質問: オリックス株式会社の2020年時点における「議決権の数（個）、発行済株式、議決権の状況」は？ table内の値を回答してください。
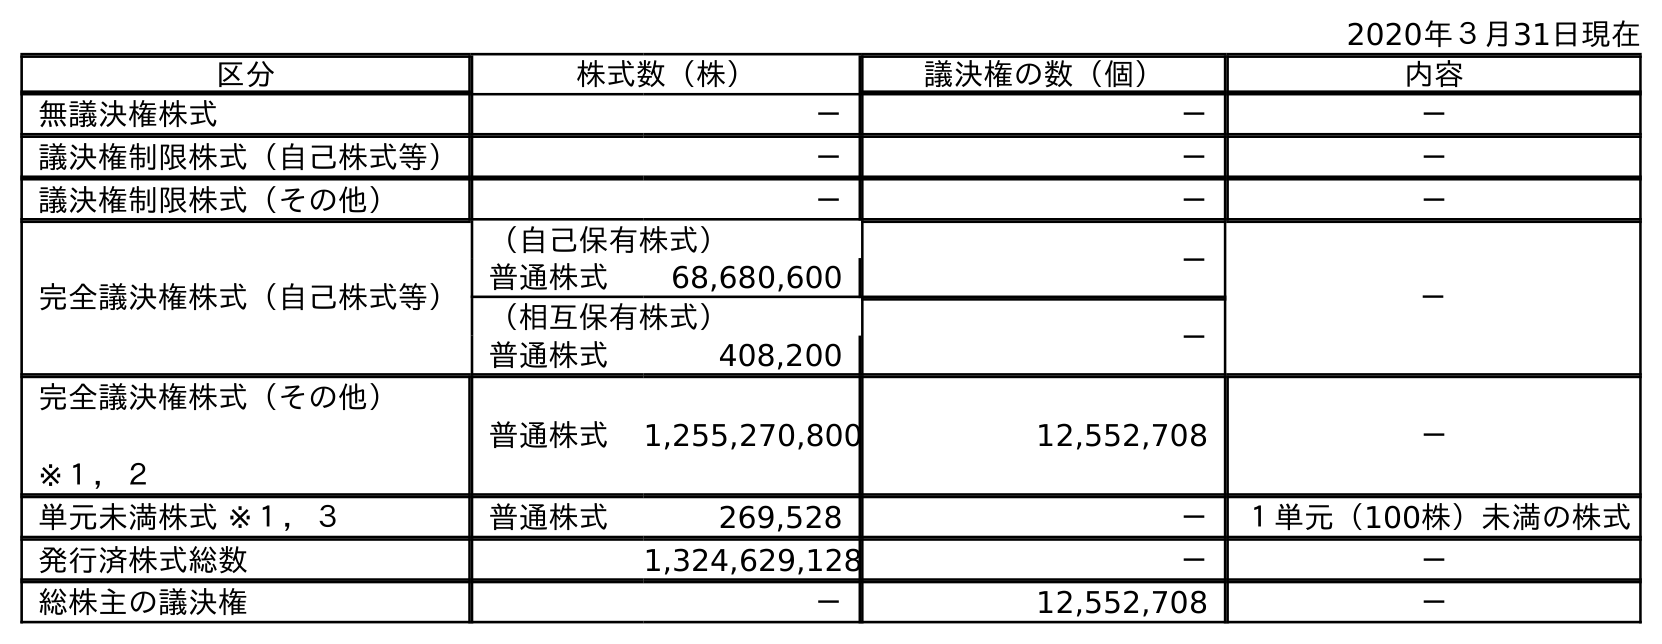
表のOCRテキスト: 2020年３月31日現在 区分 株式数（株） 議決権の数（個） 内容 無議決権株式 － － － 議決権制限株式（自己株式等） － － － 議決権制限株式（その他） － － － 完全議決権株式（自己株式等） （自己保有株式） － － 普通株式 68,680,600 （相互保有株式） － 普通株式 408,200 完全議決権株式（その他） ※１，２ 普通株式 1,255,270,800 12,552,708 － 単元未満株式 ※１，３ 普通株式 269,528 － １単元（100株）未満の株式 発行済株式総数 1,324,629,128 － － 総株主の議決権 － 12,552,708 －
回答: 12,552,708